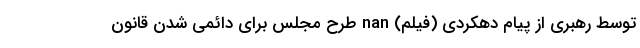
توسط رهبری از پیام دهکردی (فیلم) nan طرح مجلس برای دائمی شدن قانون